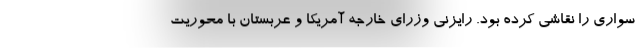
سواری را نقاشی کرده بود. رایزنی وزرای خارجه آمریکا و عربستان با محوریت